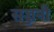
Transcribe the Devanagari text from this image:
सज्जनी